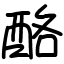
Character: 酪